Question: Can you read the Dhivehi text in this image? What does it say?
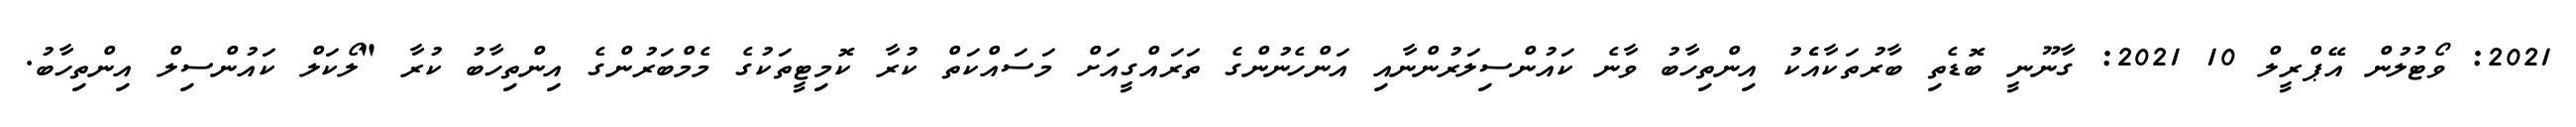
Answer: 2021: ވޯޓުލުން އޭޕްރީލް 10 2021: ގާނޫނީ ބޮޑެތި ބާރުތަކާއެެކު އިންތިހާބު ވާނެ ކައުންސިލަރުންނާއި އަންހެނުންގެ ތަރައްގީއަށް މަސައްކަތް ކުރާ ކޮމިޓީތަކުގެ މެމްބަރުންގެ އިންތިހާބު ކުރާ "ލޯކަލް ކައުންސިލް އިންތިހާބު.